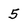
Character: 5